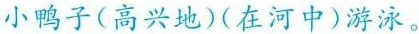
小鸭子(高兴地)(在河中)游泳。